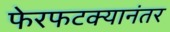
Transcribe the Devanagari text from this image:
फेरफटक्यानंतर